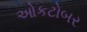
ઓકટોબર